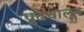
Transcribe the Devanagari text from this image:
पुढेचालून